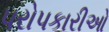
પરોપકારીઓ